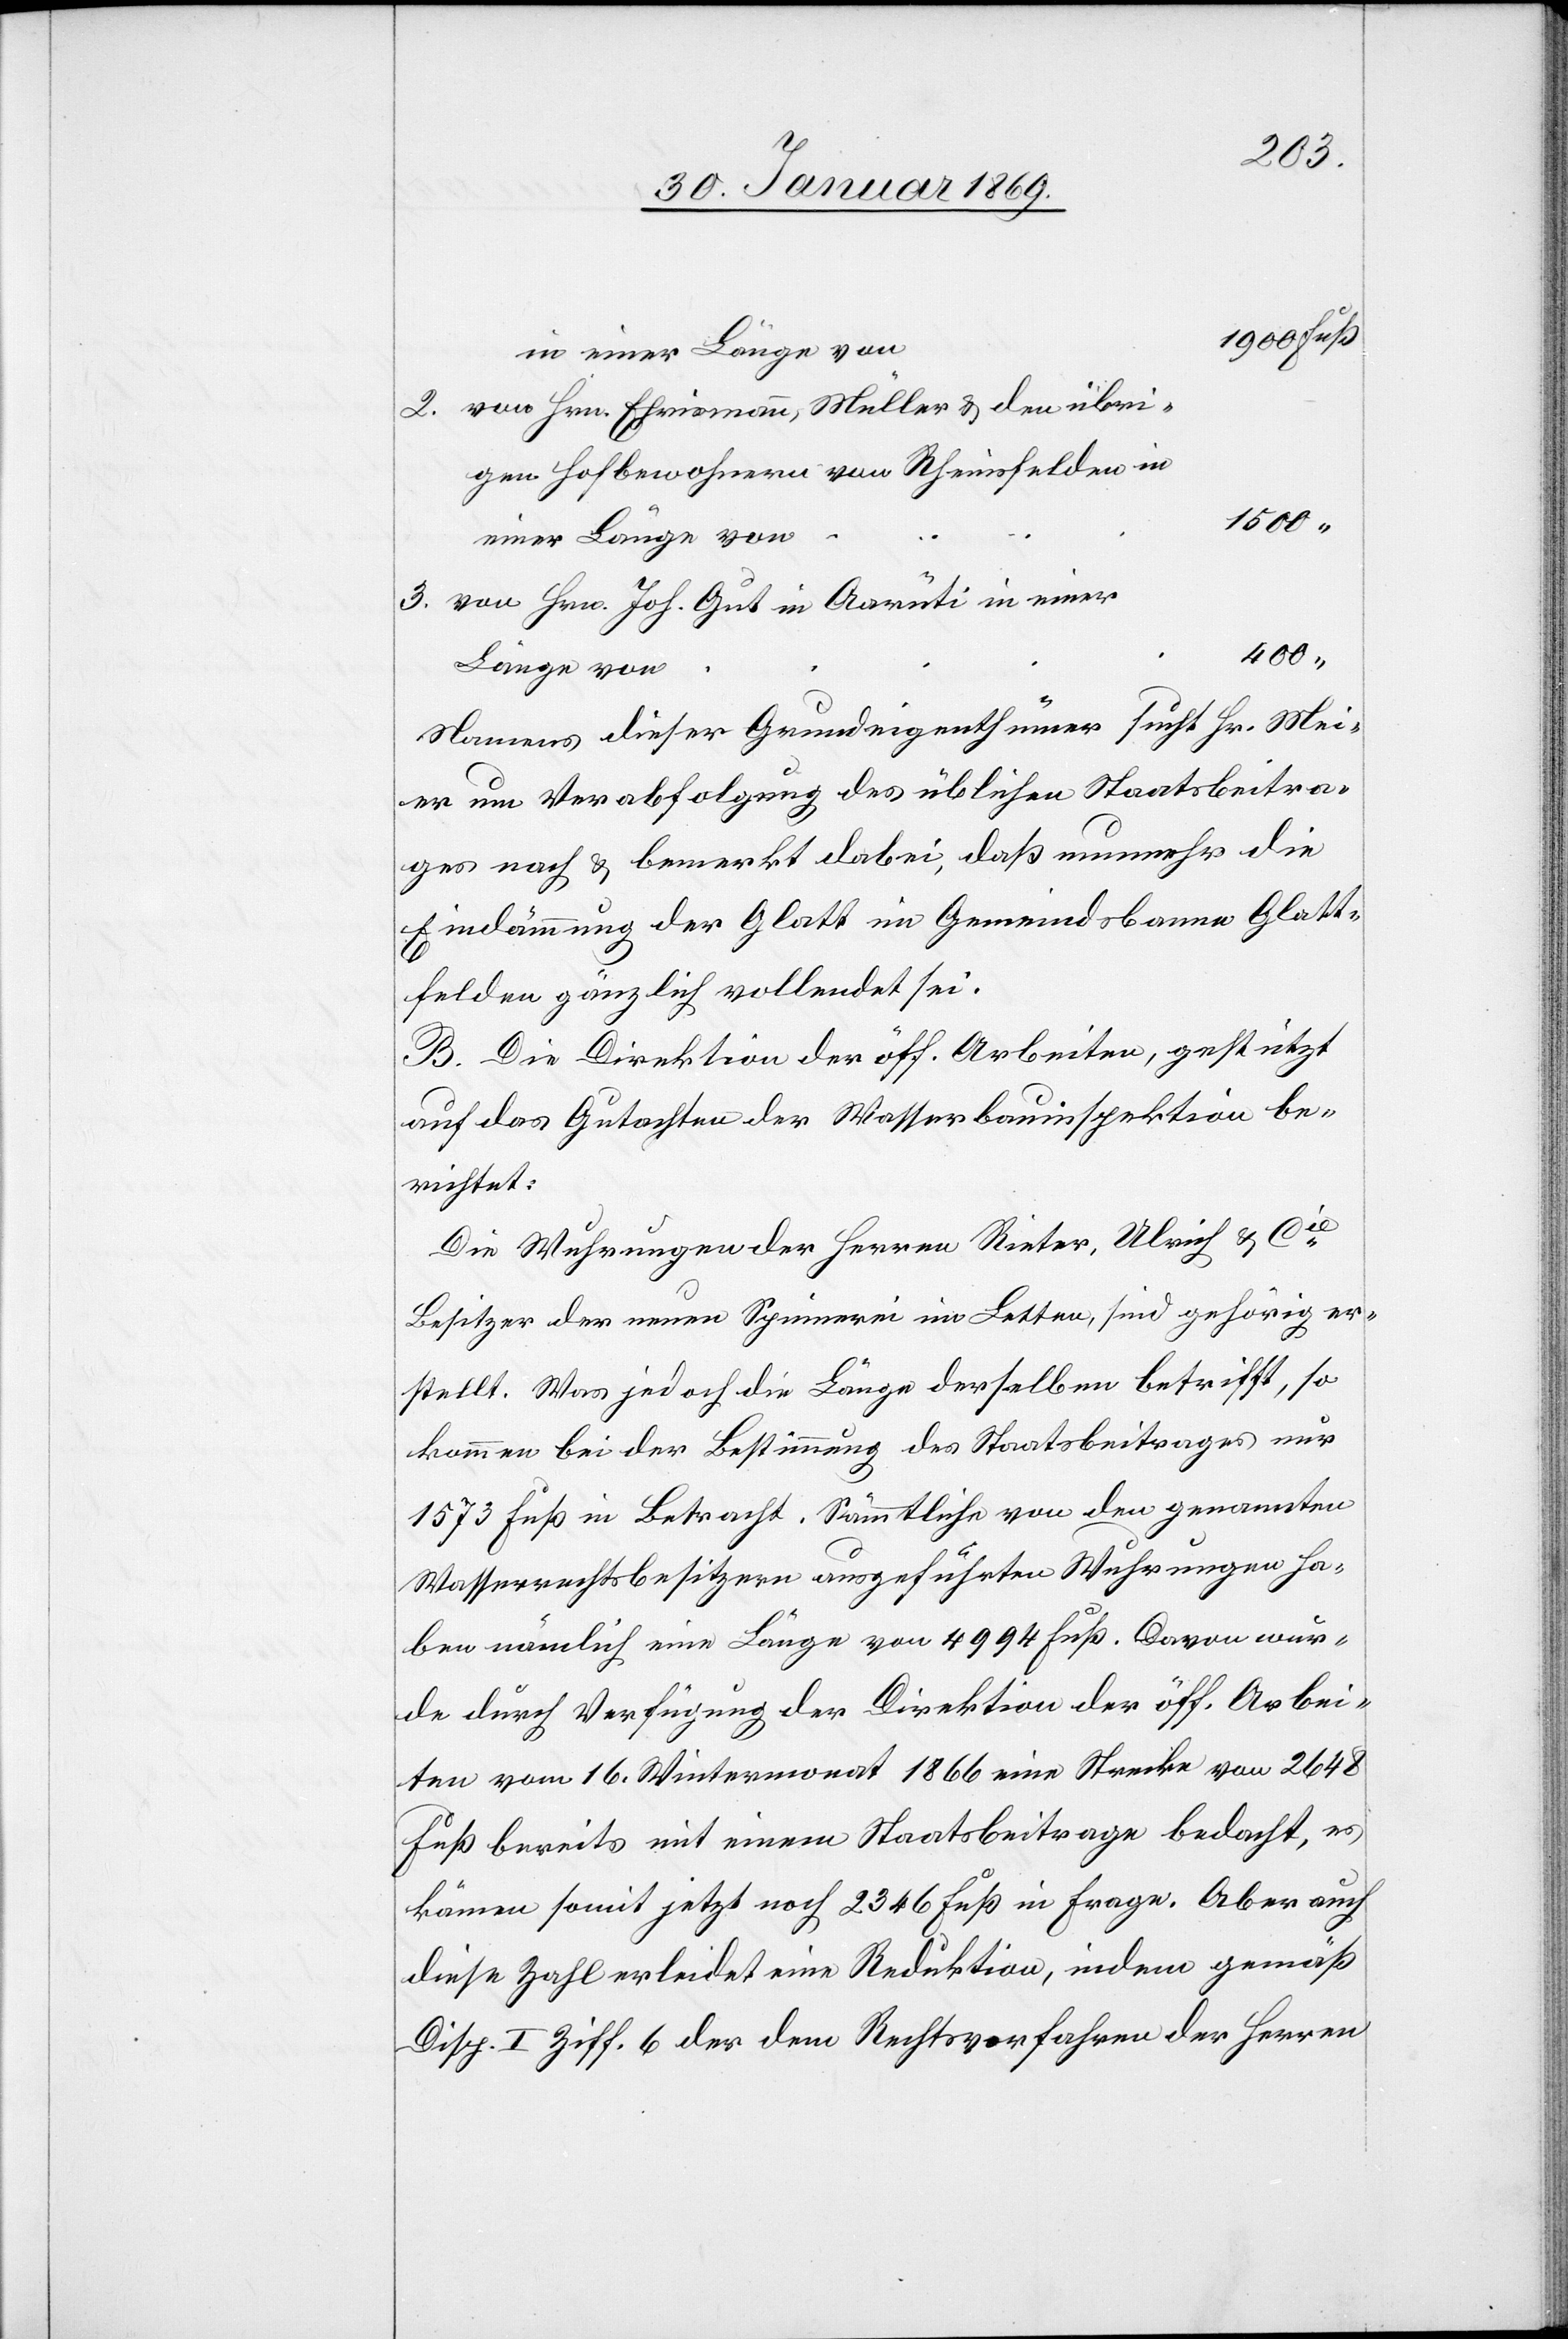
in einer Länge von
2. von Hrn. Ehrismann, Müller u. den übri¬
gen Hofbewohnern von Rheinsfelden
3. von Hrn. Joh. Gut in Aarüti in einer
Länge von
Namens dieser Grundeigenthümer sucht Hr. Mei¬
er um Verabfolgung des üblichen Staatsbeitra¬
ges nach u. bemerkt dabei, daß nunmehr die
Eindämmung der Glatt im Gemeindsbanne Glatt¬
felden gänzlich vollendet sei.
B. Die Direktion der öff. Arbeiten, gestützt
auf das Gutachten der Wasserbauinspektion be¬
richtet:
Die Wuhrungen der Herren Rieter, Ulrich u. Cie
Besitzer der neuen Schreinerei im Letten, sind gehörig er¬
stellt. Was jedoch die Länge derselben betrifft, so
kommen bei der Bestimmung des Staatsbeitrages nur
1573 Fuß in Betracht. Sämmtliche von den genannten
Wasserrechtsbesitzern ausgeführten Wuhrungen ha¬
ben nämlich eine Länge von 4994 Fuß. Davon wur¬
de durch Verfügung der Direktion der öff. Arbei¬
ten vom 16. Wintermonat 1866 eine Strecke von 2648
Fuß bereits mit einem Staatsbeitrage bedacht, es
kämen somit jetzt noch 2346 Fuß in Frage. Aber auch
diese Zahl erleidet eine Reduktion, indem gemäß
Disp. I Ziff. 6 der dem Rechtsverfahren der Herren